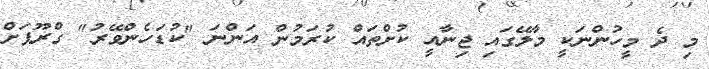
މި ދެ މީހުންނަކީ މާލޭގައި ޖިނާއީ ކުށްތައް ކުރަމުން އަންނަ "ކުޑަހެންވޭރު" ގްރޫޕަށް